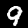
Label: 9